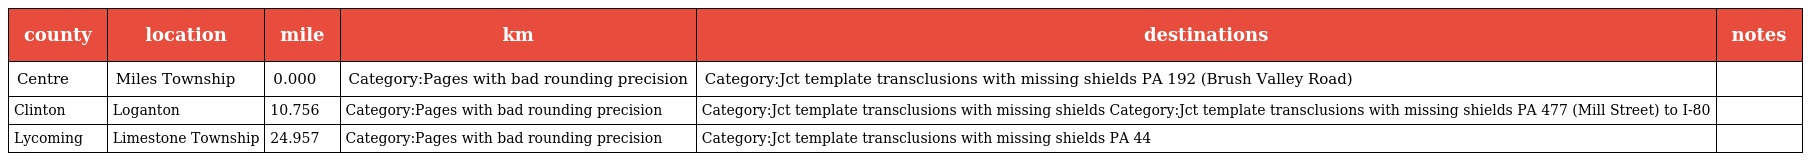
| county | location | mile | km | destinations | notes |
 | --- | --- | --- | --- | --- | --- |
 | Centre | Miles Township | 0.000 | Category:Pages with bad rounding precision | Category:Jct template transclusions with missing shields PA 192 (Brush Valley Road) |  |
 | Clinton | Loganton | 10.756 | Category:Pages with bad rounding precision | Category:Jct template transclusions with missing shields Category:Jct template transclusions with missing shields PA 477 (Mill Street) to I-80 |  |
 | Lycoming | Limestone Township | 24.957 | Category:Pages with bad rounding precision | Category:Jct template transclusions with missing shields PA 44 |  |